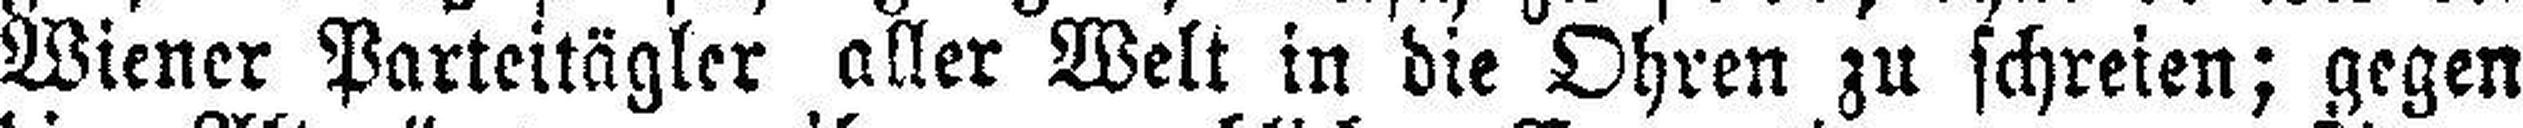
Wiener Parteitägler aller Welt in die Ohren zu schreien; gegen